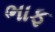
ભાફ